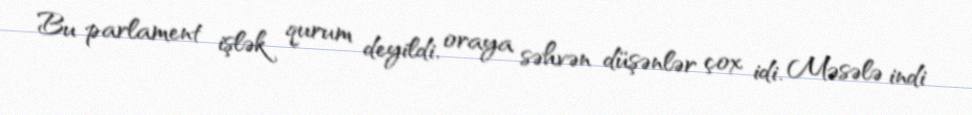
Bu parlament işlək qurum deyildi, oraya səhvən düşənlər çox idi. Məsələ indi